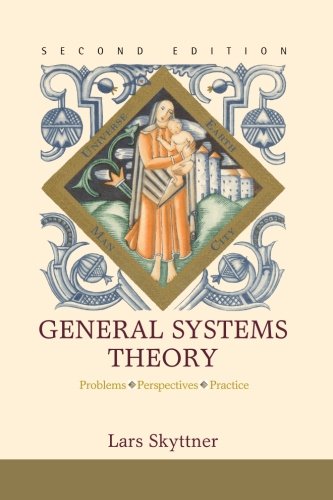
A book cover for General Systems Theory: Problems, Perspectives, Practice (2Nd Edition); Lars Skyttner; Science & Math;